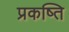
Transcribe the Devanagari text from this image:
प्रकष्ति